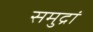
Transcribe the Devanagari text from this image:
समुद्रां